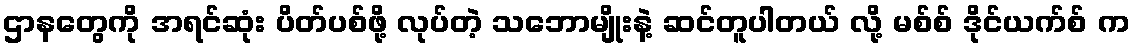
ဌာနတွေကို အရင်ဆုံး ပိတ်ပစ်ဖို့ လုပ်တဲ့ သဘောမျိုးနဲ့ ဆင်တူပါတယ် လို့ မစ်စ် ဒိုင်ယက်စ် က